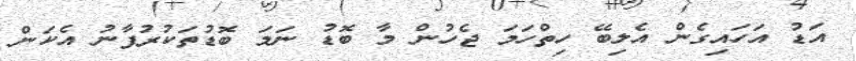
އަޑު އަހައިގެން އެލިބޭ ހިތްހަމަ ޖެހުން މާ ބޮޑު ނަމަ ބޮޑުތަކުރުފާނު އެކަން